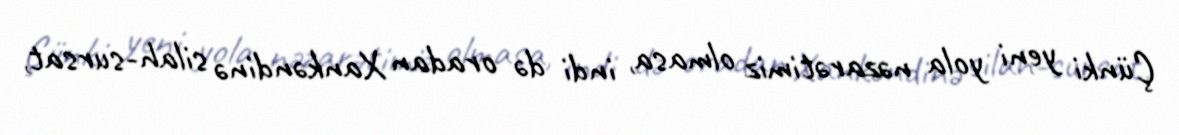
Çünki yeni yola nəzarətimiz olmasa, indi də oradan Xankəndinə silah-sursat,